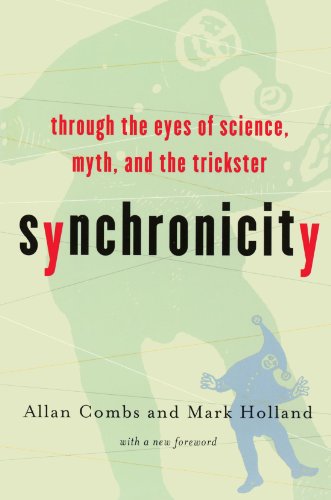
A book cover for Synchronicity : Through the Eyes of Science, Myth and the Trickster; Allan Combs; Politics & Social Sciences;